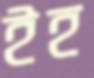
ইহ